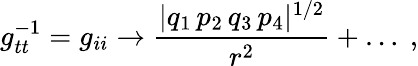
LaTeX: g_{tt}^{-1}=g_{ii}\rightarrow{\frac{|q_{1}\, p_{2}\, q_{3}\, p_{4}|^{1/2}}{r^{2}}}+\dots\ ,